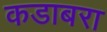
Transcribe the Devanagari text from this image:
कडाबरा